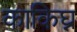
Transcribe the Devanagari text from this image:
काकिघ्न